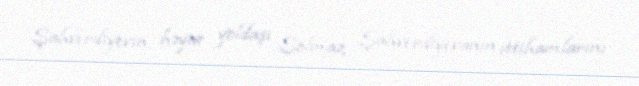
Şahverdiyevin həyat yoldaşı Solmaz Şahverdiyevanın ittihamlarını